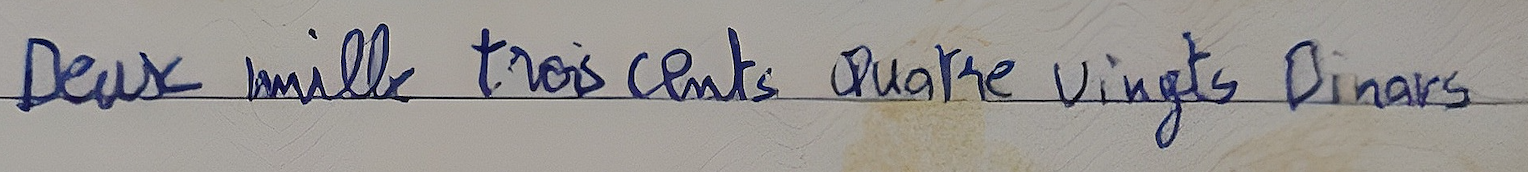
Deux mille trois cents Quatre vingts Dinars